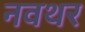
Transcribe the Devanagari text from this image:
नवथर